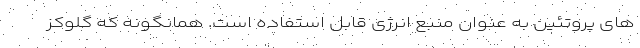
های پروتئین به عنوان منبع انرژی قابل استفاده است. همانگونه که گلوکز